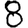
Digit: 8